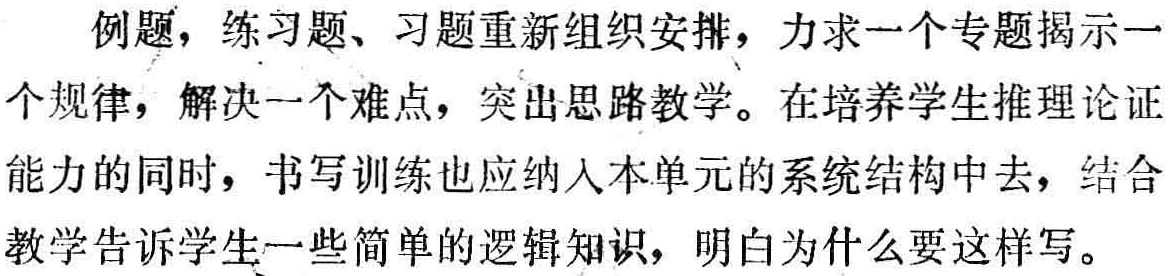
例题，练习题、习题重新组织安排，力求一个专题揭示一

个规律，解决一个难点，突出思路教学。在培养学生推理论证

能力的同时，书写训练也应纳入本单元的系统结构中去，结合

教学告诉学生一些简单的逻辑知识，明白为什么要这样写。